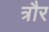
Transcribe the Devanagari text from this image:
त्रौर